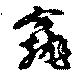
龕